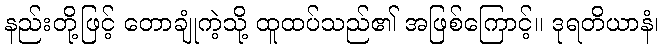
နည်းတို့ဖြင့် တောချုံကဲ့သို့ ထူထပ်သည်၏ အဖြစ်ကြောင့်။ ဒုရတိယာနံ၊